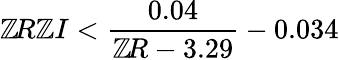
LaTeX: \mathbb{Z}\! R\mathbb{Z}I<\displaystyle{\frac{{0.04}}{{\mathbb{Z}\! R-3.29}}}-0.034